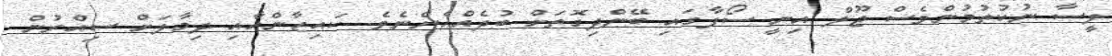
ލީސާ ނުކުތުމުންވެސް ޖޫލް އިނީ ސޯފާގައި ބޭންދިގޮތަށް ބުދެއްހެންނެވެ. ކައިޒާންއާއި ދިމާލަށް ސިއްރުން